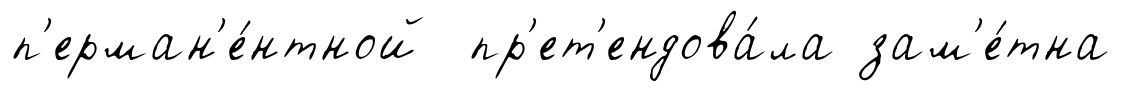
п'ерман'е́нтной пр'ет'ендова́ла зам'е́тна